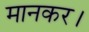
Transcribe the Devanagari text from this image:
मानकर।